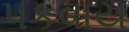
પકવાય